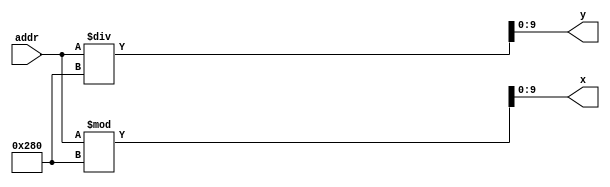
module addr_to_cart(addr, x, y);
	input [18:0] addr;
	output [9:0] x, y;
	
	wire [18:0] tx, ty;
	
	assign tx = addr % 19'd640;
	assign ty = addr / 19'd640;
	
	assign x = tx[9:0];
	assign y = ty[9:0];
endmodule